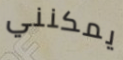
يمكنني